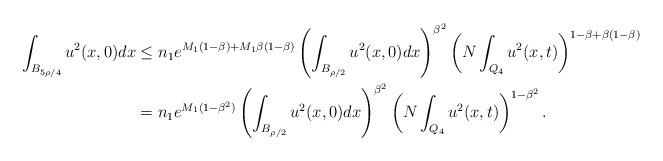
LaTeX: \begin{align*}\int_{B_{5\rho/4}}u^2(x,0)dx &\le n_1e^{M_1(1-\beta)+M_1\beta(1-\beta)} \left(\int_{B_{\rho/2}}u^2(x,0)dx\right)^{\beta^2}\left(N\int_{Q_{4}} u^2( x, t)\right)^{1-\beta+\beta(1-\beta)}\\&=n_1e^{M_1(1-\beta^2)} \left(\int_{B_{\rho/2}}u^2(x,0)dx\right)^{\beta^2}\left(N\int_{Q_{4}} u^2( x, t)\right)^{1-\beta^2}. \end{align*}